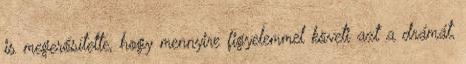
is megerősítette, hogy mennyire figyelemmel követi azt a drámát,